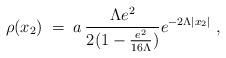
LaTeX: \begin{align*}\rho (x_2)\;=\; a \, \frac{\Lambda e^2}{2(1-\frac{e^2}{16\Lambda})}e^{-2 \Lambda |x_2|}\;,\end{align*}